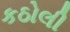
કઠોલી